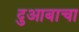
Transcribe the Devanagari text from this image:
दुआबाचा